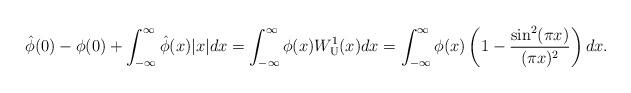
LaTeX: \begin{align*}\hat\phi(0)-\phi(0)+\int_{-\infty}^{\infty}\hat\phi(x)|x|dx=\int_{-\infty}^{\infty}\phi(x)W_{\rm U}^1(x)dx=\int_{-\infty}^{\infty}\phi(x)\left(1-\frac{\sin^2(\pi x)}{(\pi x)^2}\right)dx.\end{align*}